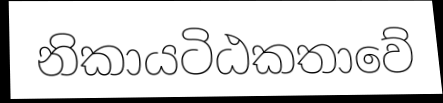
නිකායටිඨකතාවේ